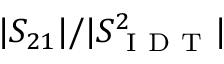
| S _ { 2 1 } | / | S _ { \mathrm { ~ I ~ D ~ T ~ } } ^ { 2 } |